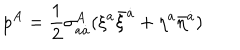
p ^ { A } = \frac 1 2 \sigma _ { a \dot { a } } ^ { A } ( \xi ^ { a } \bar { \xi } ^ { \dot { a } } + \eta ^ { a } \bar { \eta } ^ { \dot { a } } )